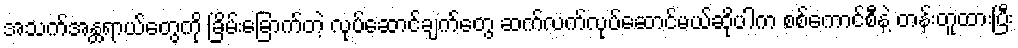
အသက်အန္တရာယ်တွေကို ခြိမ်းခြောက်တဲ့ လုပ်ဆောင်ချက်တွေ ဆက်လက်လုပ်ဆောင်မယ်ဆိုပါက စစ်ကောင်စီနဲ့ တန်းတူထားပြီး